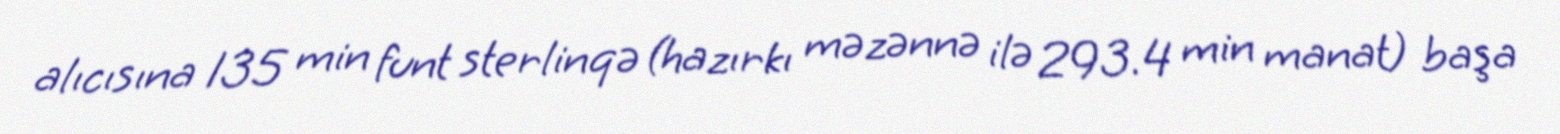
alıcısına 135 min funt sterlinqə (hazırkı məzənnə ilə 293.4 min manat) başa